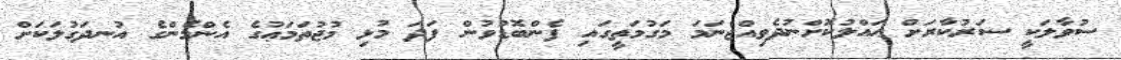
ސުވާލަކީ ސަރުކާރަށް ޙައްލުކޮށްނުދެވިއްޖެނަމަ މަގުމަތީގައި ފެންބޮޑުވުން ފަދަ މުޅި މުޖުތަމަޢުގެ އެންމެންގެ އުނދަގުލަކަށް